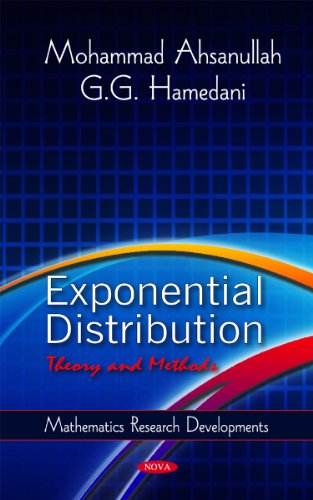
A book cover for Exponential Distribution: Theory and Methods (Mathematics Research Developments); M. Ahsanullah; Science & Math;